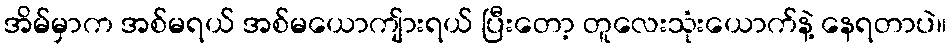
အိမ်မှာက အစ်မရယ် အစ်မယောကျ်ားရယ် ပြီးတော့ တူလေးသုံးယောက်နဲ့ နေရတာပဲ။